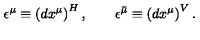
\epsilon ^ { \mu } \equiv \left( d x ^ { \mu } \right) ^ { H } , \qquad \epsilon ^ { \bar { \mu } } \equiv \left( d x ^ { \mu } \right) ^ { V } .